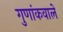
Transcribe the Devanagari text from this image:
गुणांकवाले